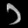
Digit: ၁